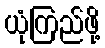
ယုံကြည်ဖို့